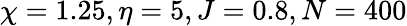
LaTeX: \chi=1.25,\eta=5,J=0.8,N=400